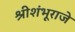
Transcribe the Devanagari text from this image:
श्रीशंभूराजे